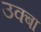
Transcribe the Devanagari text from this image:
उक्बा